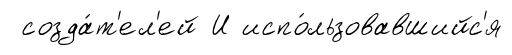
созда́т'ел'ей И испо́льзовавшийс'я